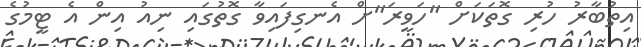
އިތުބާރު ހުރި ގޮތަކަށް "ހަވީރަ"ށް އެނގިފައިވާ ގޮތުގައި ނިއު އިން އެ ޓީމުގެ